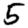
Digit: 5